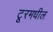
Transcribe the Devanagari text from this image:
टूरमधील